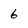
Character: 6